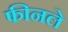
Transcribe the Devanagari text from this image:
फीनले